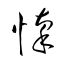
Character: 懍